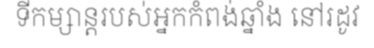
ទីកម្សាន្តរបស់អ្នកកំពង់ឆ្នាំង នៅរដូវ